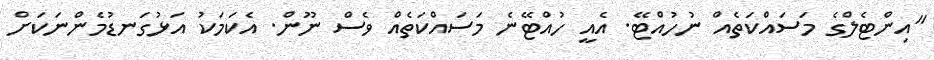
"އިންޓެލްގެ މަސައްކަތެއް ނުހުއްޓޭ. އެއީ ހުއްޓޭނެ މަސައްކަތެއް ވެސް ނޫން. އެކަމަކު އަޅުގަނޑުމެންނަކަށް